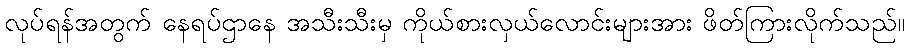
လုပ်ရန်အတွက် နေရပ်ဌာနေ အသီးသီးမှ ကိုယ်စားလှယ်လောင်းများအား ဖိတ်ကြားလိုက်သည်။